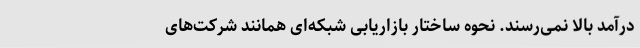
درآمد بالا نمی‌رسند. نحوه ساختار بازاریابی شبکه‌ای همانند شرکت‌های